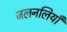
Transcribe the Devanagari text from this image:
जलनलियाँ